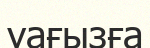
уағызға